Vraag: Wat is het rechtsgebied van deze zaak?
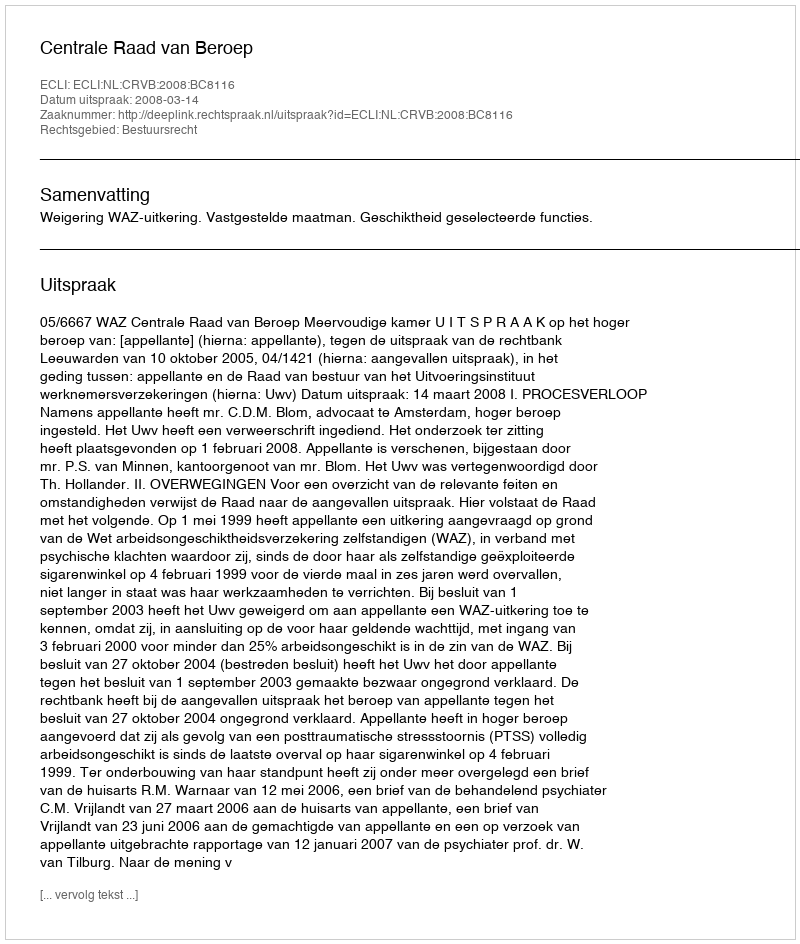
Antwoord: Bestuursrecht